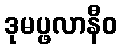
ဒုမပ္ဖလာနီဝ